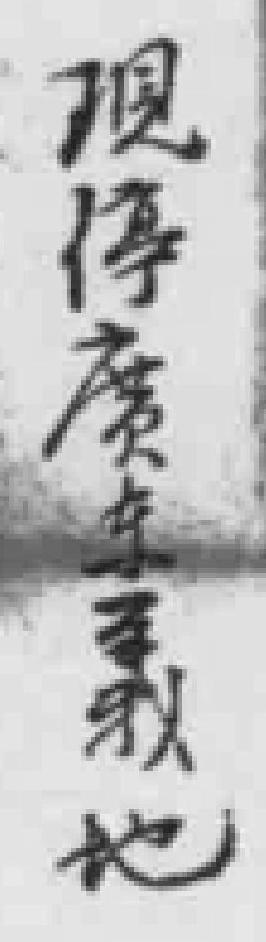
現傳廣东義也